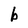
Character: b